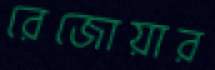
রেজোয়ার